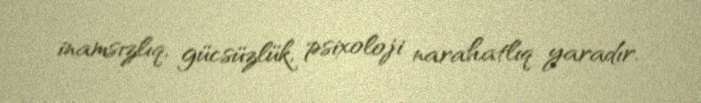
inamsızlıq, gücsüzlük, psixoloji narahatlıq yaradır.